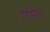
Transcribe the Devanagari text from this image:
रेडिज